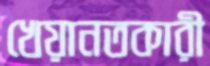
খেয়ানতকারী